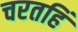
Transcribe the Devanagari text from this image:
चरतहिं